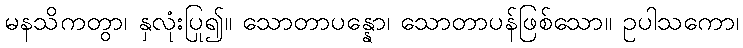
မနသိကတွာ၊ နှလုံးပြု၍။ သောတာပန္နော၊ သောတာပန်ဖြစ်သော။ ဥပါသကော၊